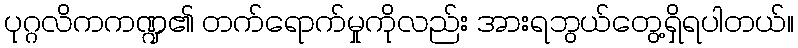
ပုဂ္ဂလိကကဏ္ဍ၏ တက်ရောက်မှုကိုလည်း အားရဘွယ်တွေ့ရှိရပါတယ်။